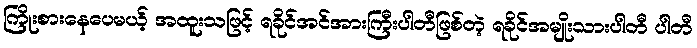
ကြိုးစားနေပေမယ့် အထူးသဖြင့် ရခိုင်အင်အားကြီးပါတီဖြစ်တဲ့ ရခိုင်အမျိုးသားပါတီ ပါတီ